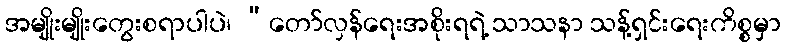
အမျိုးမျိုးတွေးစရာပါပဲ၊ “တော်လှန်ရေးအစိုးရရဲ့ သာသနာ သန့်ရှင်းရေးကိစ္စမှာ